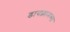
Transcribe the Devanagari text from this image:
डायफ्रामच्या